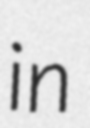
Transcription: in